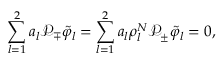
\sum _ { l = 1 } ^ { 2 } a _ { l } \mathcal { P } _ { \mp } \tilde { \varphi } _ { l } = \sum _ { l = 1 } ^ { 2 } a _ { l } \rho _ { l } ^ { N } \mathcal { P } _ { \pm } \tilde { \varphi } _ { l } = 0 ,